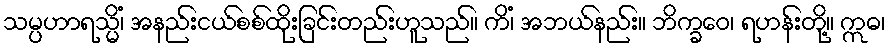
သမ္ပဟာရသ္မိံ၊ အနည်းငယ်စစ်ထိုးခြင်းတည်းဟူသည်။ ကိံ၊ အဘယ်နည်း။ ဘိက္ခဝေ၊ ရဟန်းတို့။ ဣဓ၊